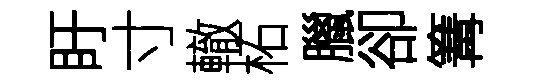
盱寸轍柘臘卻篝